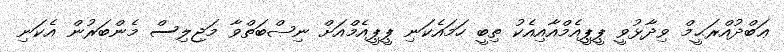
ޢަބްދުއްރަޙީމް ވިދާޅުވީ ޕީޕީއެމްއާއިއެކު ތިބީ ހަމައެކަނި ޕީޕީއެމްއަށް ނިޞްބަތްވާ މަޖިލިސް މެންބަރުން އެކަނި